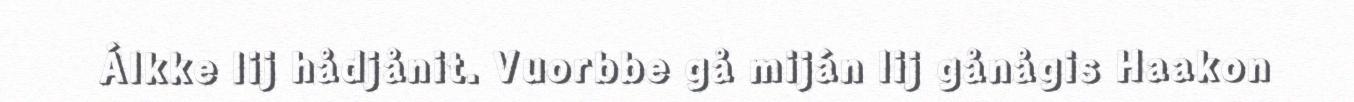
Álkke lij hådjånit. Vuorbbe gå miján lij gånågis Haakon